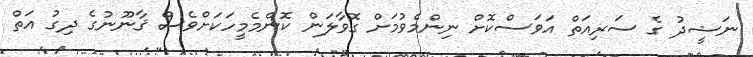
ނަޝީދު ގެ ސަރިއަތް އަވަސްކޮށް ނިންމެވުމަށް ގޮވާލަން ކޮންމެމީހަކަށްވެސް ޤާނޫނުގެ ދިގު އަތް